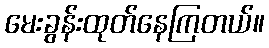
မေးခွန်းထုတ်နေကြတယ်။